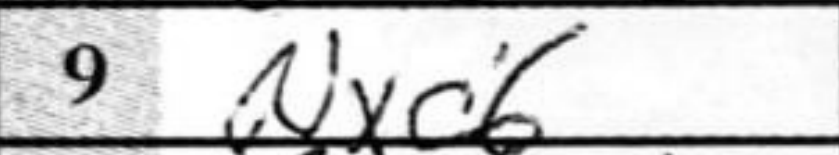
Transcription: Nxc6